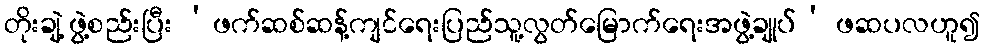
တိုးချဲ့ ဖွဲ့စည်းပြီး ‘ဖက်ဆစ်ဆန့်ကျင်ရေးပြည်သူ့လွတ်မြောက်ရေးအဖွဲ့ချုပ်’ ဖဆပလဟူ၍